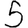
Digit: 5